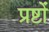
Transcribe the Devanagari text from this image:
प्रष्टों